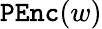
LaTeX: \mathtt{PEnc}(w)